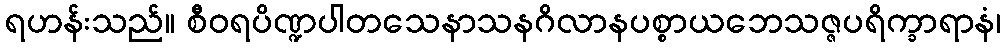
ရဟန်းသည်။ စီဝရပိဏ္ဍပါတသေနာသနဂိလာနပစ္စာယဘေသဇ္ဇပရိက္ခာရာနံ၊